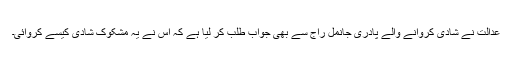
عدالت نے شادی کروانے والے پادری جانمل راج سے بھی جواب طلب کر لیا ہے کہ اس نے یہ مشکوک شادی کیسے کروائی۔